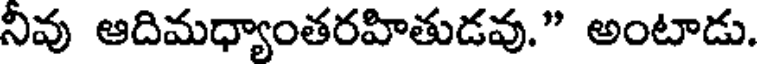
నివు ఆదిమధ్యాంతరహితుడవు." అంటాడు.